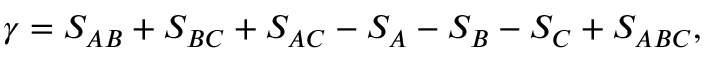
\gamma = S _ { A B } + S _ { B C } + S _ { A C } - S _ { A } - S _ { B } - S _ { C } + S _ { A B C } ,